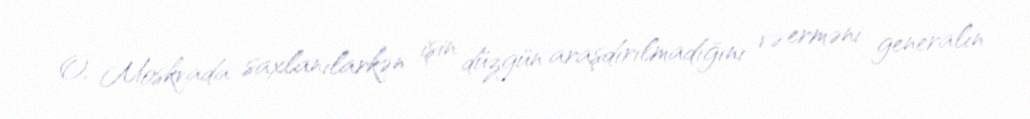
O, Moskvada saxlanılarkən işin düzgün araşdırılmadığını və erməni generalın